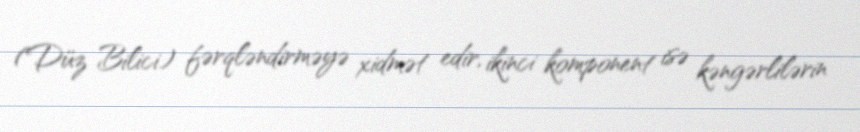
(Düz Bilici) fərqləndirməyə xidmət edir, ikinci komponent isə kəngərlilərin